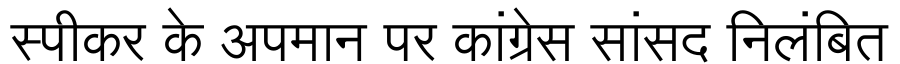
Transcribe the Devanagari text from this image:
स्पीकर के अपमान पर कांग्रेस सांसद निलंबित